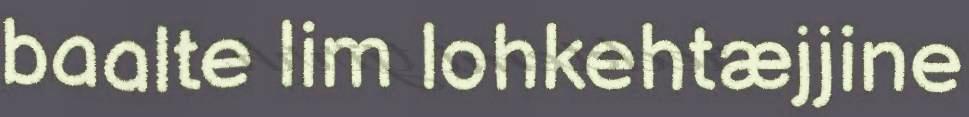
baalte lim lohkehtæjjine